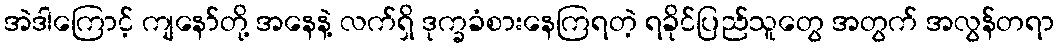
အဲဒါကြောင့် ကျနော်တို့ အနေနဲ့ လက်ရှိ ဒုက္ခခံစားနေကြရတဲ့ ရခိုင်ပြည်သူတွေ အတွက် အလွန်တရာ